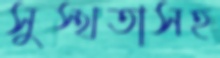
সুস্থতাসহ